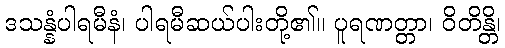
ဒသန္နံပါရမီနံ၊ ပါရမီဆယ်ပါးတို့၏။ ပူရဏတ္တာ၊ ဝိတိန္တိ၊